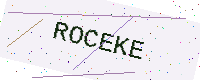
Text: ROCEKE